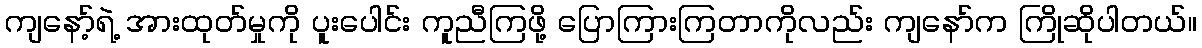
ကျနော့်ရဲ့ အားထုတ်မှုကို ပူးပေါင်း ကူညီကြဖို့ ပြောကြားကြတာကိုလည်း ကျနော်က ကြိုဆိုပါတယ်။